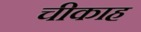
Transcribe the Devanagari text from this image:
चीकाह